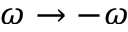
\omega \rightarrow - \omega